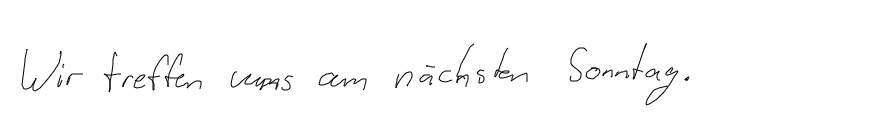
Wir treffen uns am nächsten Sonntag.